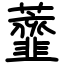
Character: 虀